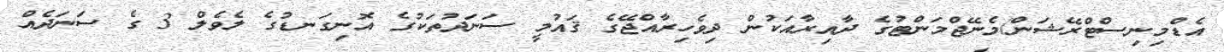
އެޑްމިނިސްޓްރޭޝަން/މެނޭޖްމަންޓުގެ ދާއިރާއަކުން ދިވެހިރާއްޖޭގެ ޤައުމީ ސަނަދުތަކުގެ އޮނިގަނޑުގެ ލެވެލް 3 ގެ ސަނަދެއް